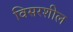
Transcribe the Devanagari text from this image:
विसरशील